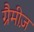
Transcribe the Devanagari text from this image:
ग्रैमीज़